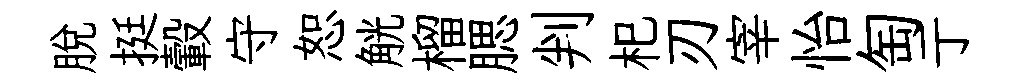
脱挺轂守恕觥榴腮判𣏌刃宰怡匋亍